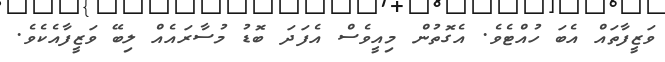
ވަޒީފާތައް އެބަ ހުއްޓެވެ. އެގޮތުން މިއީވެސް އެފަދަ ބޮޑު މުސާރައެއް ލިބޭ ވަޒީފާއެކެވެ.